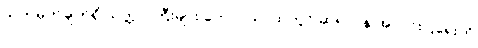
သတ်မှတ်ချက်ရှိ သတ္တဝါကြီးများ တောင်ယာထဲတွင် ဆရာဝန် အလင်းပြရေးကို